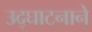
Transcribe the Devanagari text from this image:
उद्घाटनाने